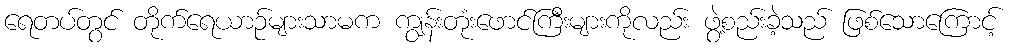
ရေတပ်တွင် တိုက်ရေယာဉ်များသာမက ကျွန်းတုံးဖောင်ကြီးများကိုလည်း ဖွဲ့စည်းခဲ့သည် ဖြစ်သောကြောင့်